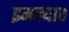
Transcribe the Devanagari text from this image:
इमल्यात